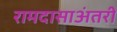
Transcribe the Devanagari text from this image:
रामदासाअंतरी